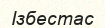
Ізбестас